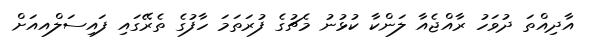
އާދިއްތަ ދުވަހު ރާއްޖެއާ ލަންކާ ކުޅުނު މެޗުގެ ފުރަތަމަ ހާފުގެ ތެރޭގައި ފައިސަލްއއަށް